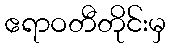
ဧရာဝတီတိုင်းမှ